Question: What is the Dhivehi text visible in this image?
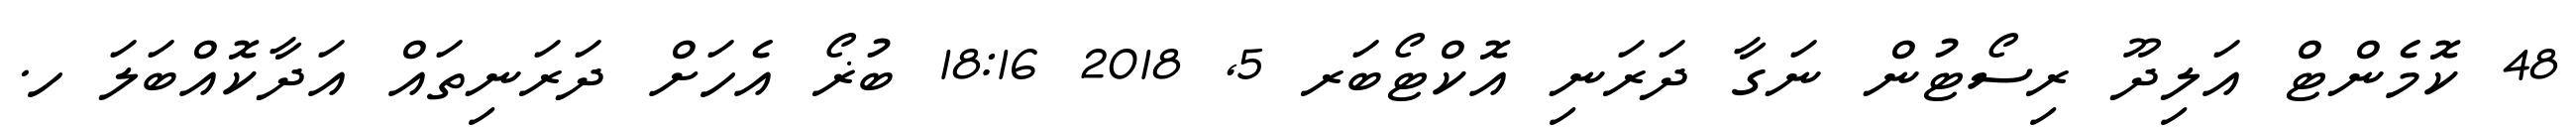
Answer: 48 ކޮމެންޓް އަލިދޫ ރިސޯޓުން ނަގާ ދަރަނި އޮކްޓޯބަރ 5, 2018 18:16 ބުޜޯ އެހަށް ދަރަނިތައް އަދާކޮއްބަލަ ހ.